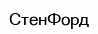
СтенФорд